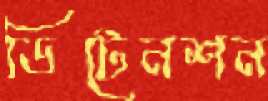
ডিটেনশন